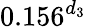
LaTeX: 0.156^{d_{3}}